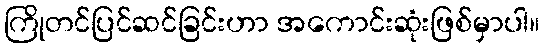
ကြိုတင်ပြင်ဆင်ခြင်းဟာ အကောင်းဆုံးဖြစ်မှာပါ။